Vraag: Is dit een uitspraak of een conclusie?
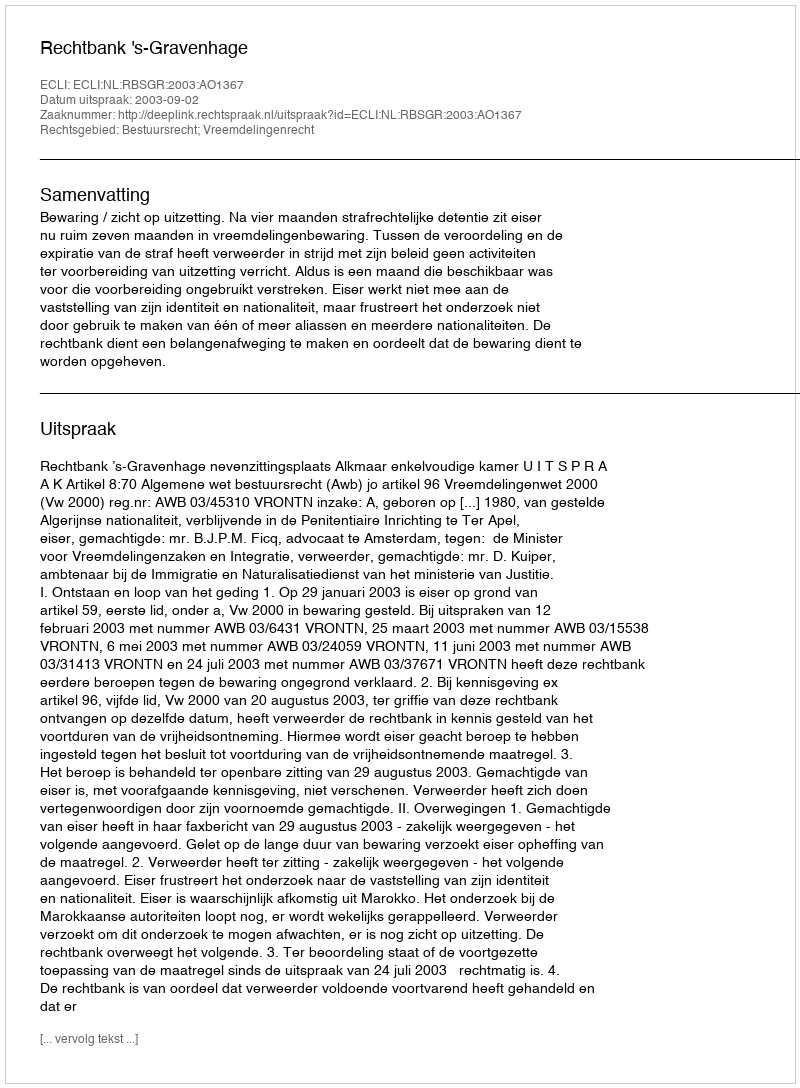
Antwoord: Uitspraak